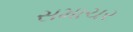
સમાચર